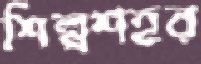
শিল্পশহর